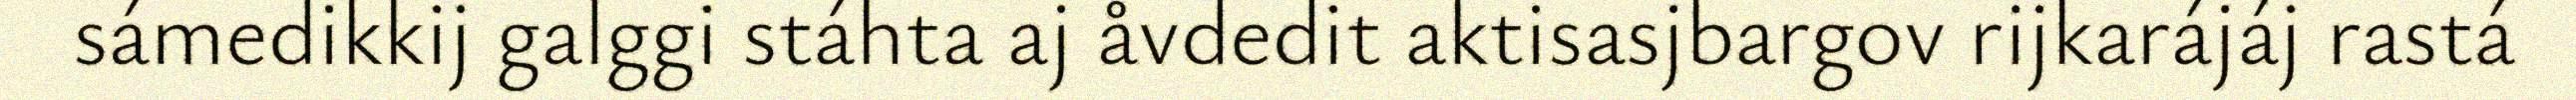
sámedikkij galggi stáhta aj åvdedit aktisasjbargov rijkarájáj rastá